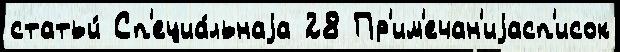
статьи́ Сп'ециа́льнаjа 28 Пр'им'ечан'иjасп'исок